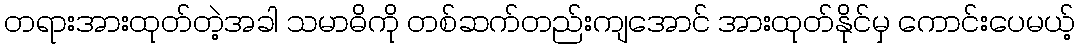
တရားအားထုတ်တဲ့အခါ သမာဓိကို တစ်ဆက်တည်းကျအောင် အားထုတ်နိုင်မှ ကောင်းပေမယ့်